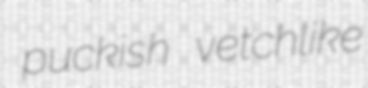
puckish vetchlike